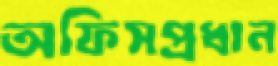
অফিসপ্রধান